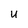
Character: U